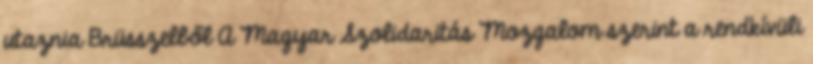
utaznia Brüsszelből A Magyar Szolidaritás Mozgalom szerint a rendkívüli